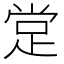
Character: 䟫